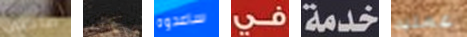
صاحبى بياتريس ساعدوه في خدمة عمليه